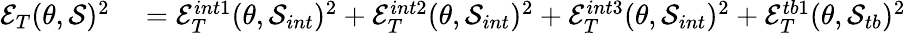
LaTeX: \begin{array}{rl}{\mathcal{E}_{T}(\theta,\mathcal{S})^{2}}&{{}=\mathcal{E}_{T}^{int1}(\theta,\mathcal{S}_{int})^{2}+\mathcal{E}_{T}^{int2}(\theta,\mathcal{S}_{int})^{2}+\mathcal{E}_{T}^{int3}(\theta,\mathcal{S}_{int})^{2}+\mathcal{E}_{T}^{tb1}(\theta,\mathcal{S}_{tb})^{2}}\end{array}